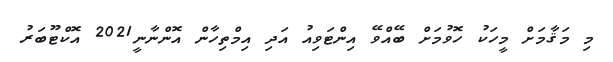
މި މަޤާމަށް މީހަކު ހޮވުމަށް ބޭއްވޭ އިންޓަވިއު އަދި އިމްތިހާން އޮންނާނީ2021 އޮކްޓޫބަރު